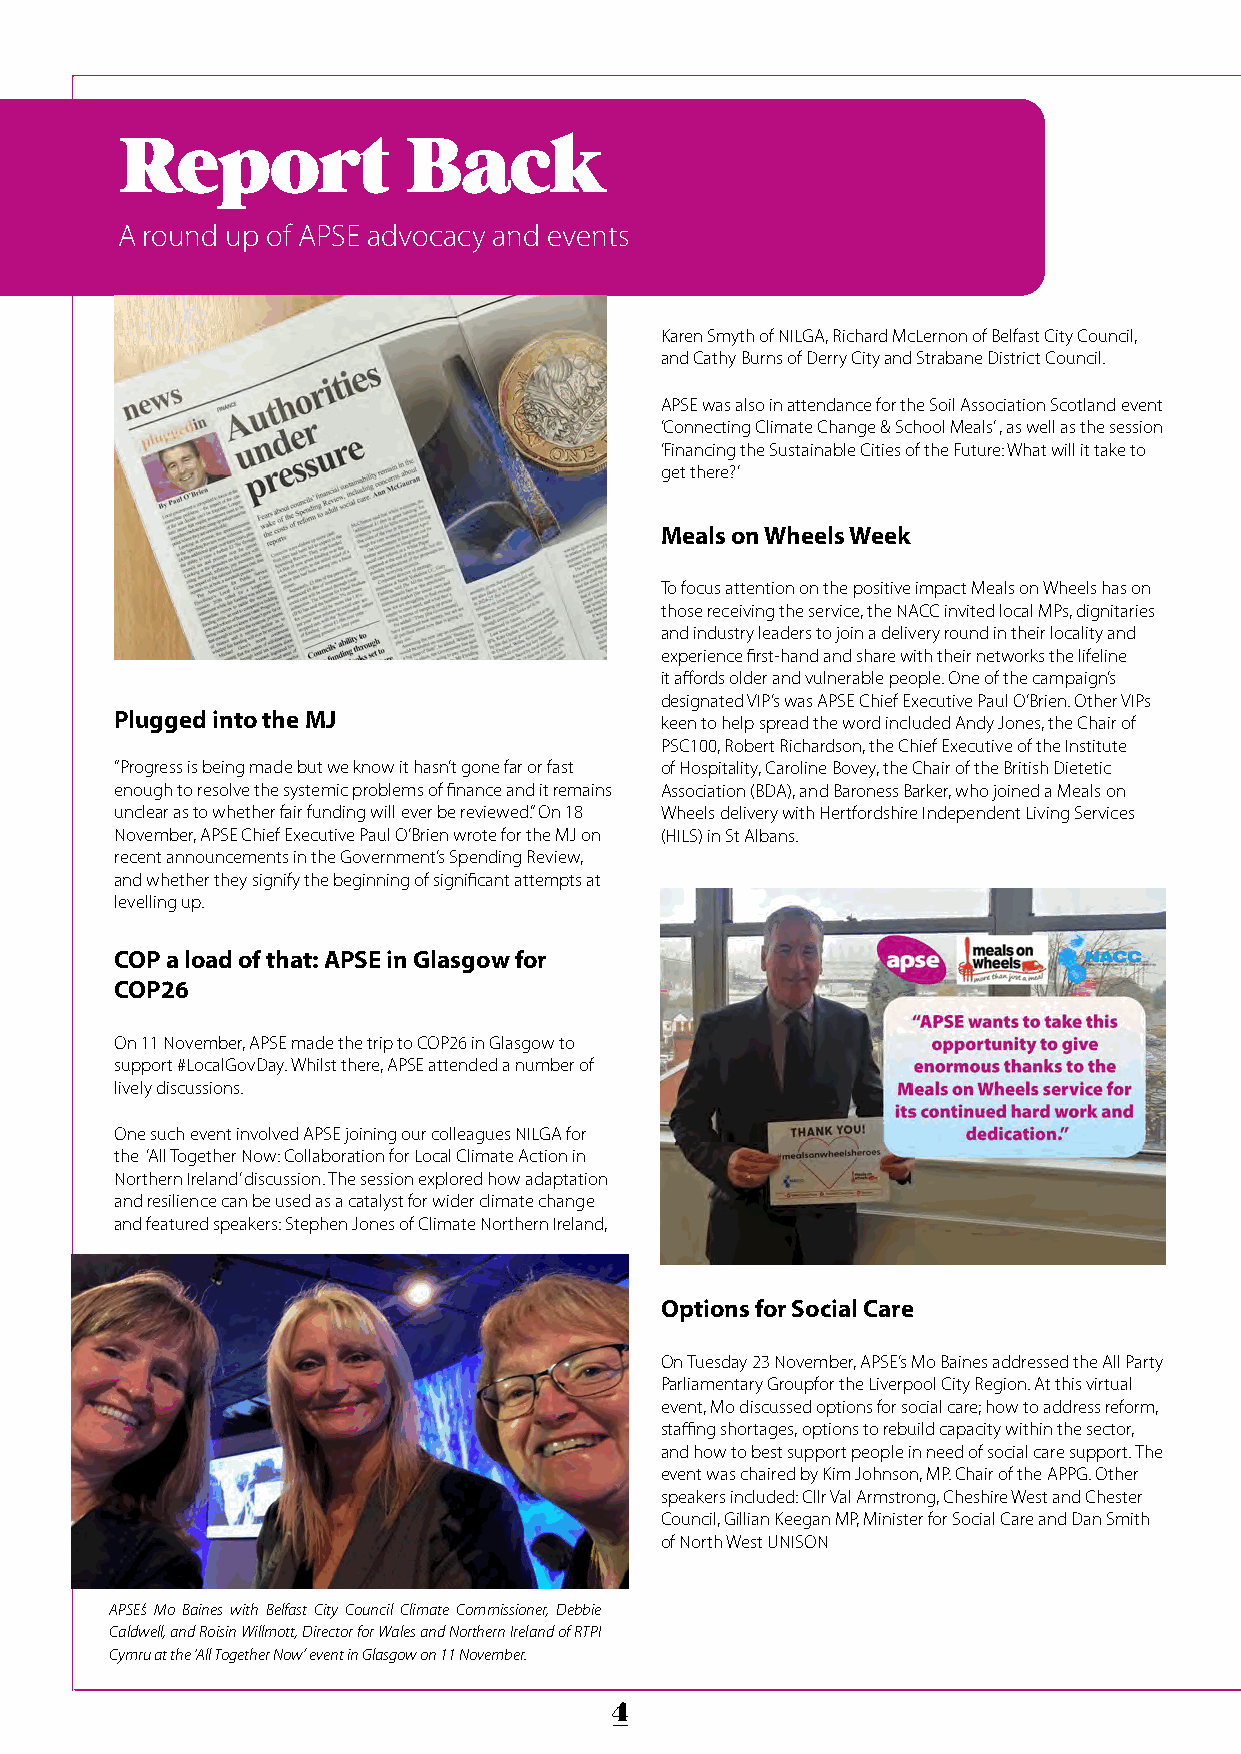
Report             Back
 A round up of APSE advocacy and events
 Karen Smyth of NILGA, Richard McLernon of Belfast City Council,
 and Cathy Burns of Derry City and Strabane District Council.
 APSE was also in attendance for the Soil Association Scotland event
 ‘Connecting Climate Change & School Meals’ , as well as the session
 ‘Financing the Sustainable Cities of the Future: What will it take to
 get there?’
 Meals on Wheels Week
 To focus attention on the positive impact Meals on Wheels has on
 those receiving the service, the NACC invited local MPs, dignitaries
 and industry leaders to join a delivery round in their locality and
 experience first-hand and share with their networks the lifeline
 it affords older and vulnerable people. One of the campaign’s
 designated VIP’s was APSE Chief Executive Paul O’Brien. Other VIPs
 Plugged into the MJ                 keen to help spread the word included Andy Jones, the Chair of
 PSC100, Robert Richardson, the Chief Executive of the Institute
 “Progress is being made but we know it hasn’t gone far or fast of Hospitality, Caroline Bovey, the Chair of the British Dietetic
 enough to resolve the systemic problems of finance and it remains Association (BDA), and Baroness Barker, who joined a Meals on
 unclear as to whether fair funding will ever be reviewed.” On 18 Wheels delivery with Hertfordshire Independent Living Services
 November, APSE Chief Executive Paul O’Brien wrote for the MJ on (HILS) in St Albans.
 recent announcements in the Government’s Spending Review,
 and whether they signify the beginning of significant attempts at
 levelling up.
 COP a load of that: APSE in Glasgow for
 COP26
 On 11 November, APSE made the trip to COP26 in Glasgow to
 support #LocalGovDay. Whilst there, APSE attended a number of
 lively discussions.
 One such event involved APSE joining our colleagues NILGA for
 the ‘All Together Now: Collaboration for Local Climate Action in
 Northern Ireland’ discussion. The session explored how adaptation
 and resilience can be used as a catalyst for wider climate change
 and featured speakers: Stephen Jones of Climate Northern Ireland,
 Options for Social Care
 On Tuesday 23 November, APSE’s Mo Baines addressed the All Party
 Parliamentary Groupfor the Liverpool City Region. At this virtual
 event, Mo discussed options for social care; how to address reform,
 staffing shortages, options to rebuild capacity within the sector,
 and how to best support people in need of social care support. The
 event was chaired by Kim Johnson, MP. Chair of the APPG. Other
 speakers included: Cllr Val Armstrong, Cheshire West and Chester
 Council, Gillian Keegan MP, Minister for Social Care and Dan Smith
 of North West UNISON
 APSE’s Mo Baines with Belfast City Council Climate Commissioner, Debbie
 Caldwell, and Roisin Willmott, Director for Wales and Northern Ireland of RTPI
 Cymru at the ‘All Together Now’ event in Glasgow on 11 November.
 4